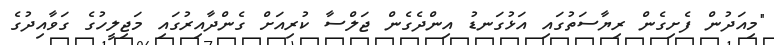
"މިއަދުން ފެށިގެން ރިޔާސަތުގައި އަޅުގަނޑު އިންދެގެން ޖަލްސާ ކުރިއަށް ގެންދާއިރުގައި މަޖިލީހުގެ ގަވާއިދުގެ